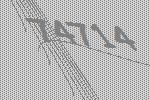
74714